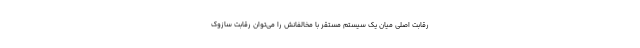
رقابت اصلی میان یک سیستم مستقر با مخالفانش را می‌توان رقابت سازوک